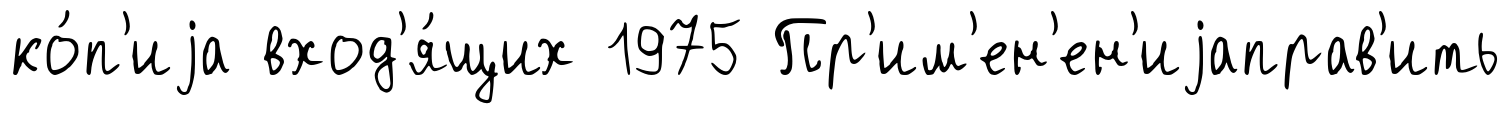
ко́п'иjа вход'я́щих 1975 Пр'им'ен'ен'иjаправ'ить